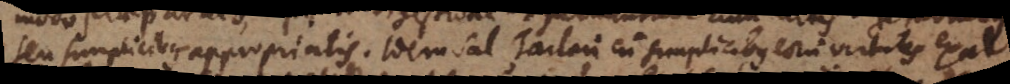
seu simplicibus appropriatis. Idem sal Tartari cum simplicibus eorum virtutes exal-